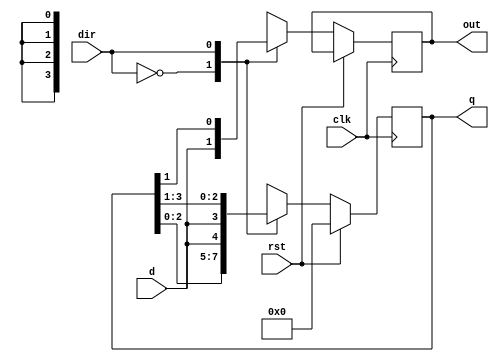
module bidirection_shift_register(
 input clk,rst,dir,d,
 output reg [n-1:0]q,
 output reg out    
     );
  parameter n = 4;
   
  always @ (posedge clk)
    begin
     
      if(rst)
         q = 4'b0000;
       else 
          begin
           case(dir)
              0  : begin  q = {q[n-2:0],d}; out <= q[0]; end
              1  : begin  q = {d,q[n-1:1]}; out <= q[0]; end
           endcase
          end
             
    end              
endmodule